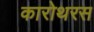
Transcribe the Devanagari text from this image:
कारोथरस